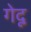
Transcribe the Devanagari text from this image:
गेदू